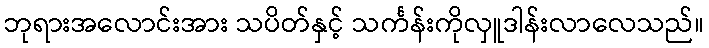
ဘုရားအလောင်းအား သပိတ်နှင့် သင်္ကန်းကိုလှူဒါန်းလာလေသည်။